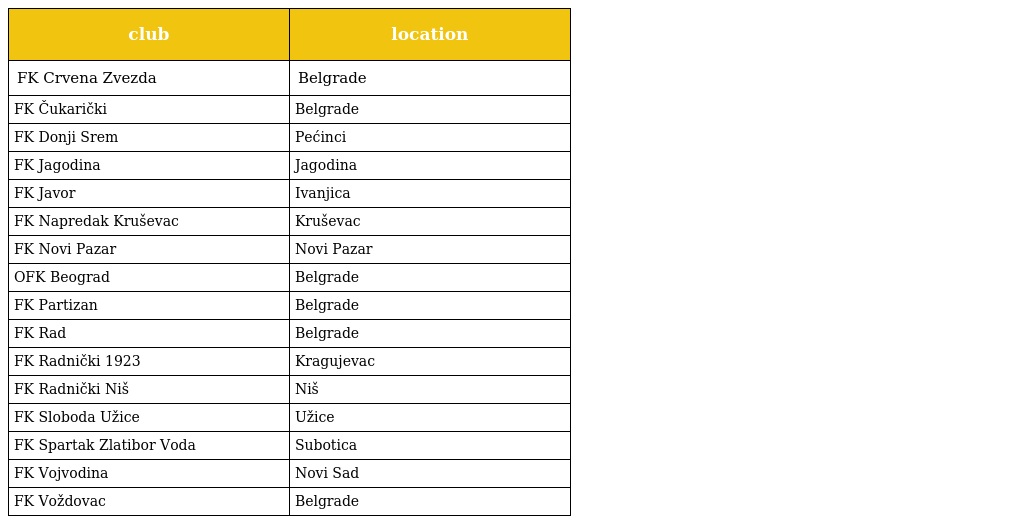
| club | location |
 | --- | --- |
 | FK Crvena Zvezda | Belgrade |
 | FK Čukarički | Belgrade |
 | FK Donji Srem | Pećinci |
 | FK Jagodina | Jagodina |
 | FK Javor | Ivanjica |
 | FK Napredak Kruševac | Kruševac |
 | FK Novi Pazar | Novi Pazar |
 | OFK Beograd | Belgrade |
 | FK Partizan | Belgrade |
 | FK Rad | Belgrade |
 | FK Radnički 1923 | Kragujevac |
 | FK Radnički Niš | Niš |
 | FK Sloboda Užice | Užice |
 | FK Spartak Zlatibor Voda | Subotica |
 | FK Vojvodina | Novi Sad |
 | FK Voždovac | Belgrade |